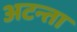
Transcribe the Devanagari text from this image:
अटन्ता